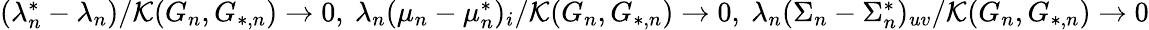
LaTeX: \begin{array}{r}{(\lambda_{n}^{*}-\lambda_{n})/\mathcal{K}(G_{n},G_{*,n})\to 0,\ \lambda_{n}(\mu_{n}-\mu_{n}^{*})_{i}/\mathcal{K}(G_{n},G_{*,n})\to 0,\ \lambda_{n}(\Sigma_{n}-\Sigma_{n}^{*})_{uv}/\mathcal{K}(G_{n},G_{*,n})\to 0}\end{array}